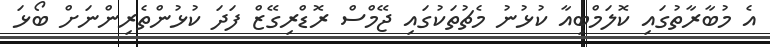
އެ މުބާރާތުގައި ކޮލަމްބިއާ ކުޅުނު މެޗުތަކުގައި ޖޭމްސް ރޮޑްރިގޭޒް ފަދަ ކުޅުންތެރިންނަށް ބޯޅަ